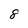
Character: 8